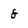
Character: 8